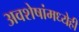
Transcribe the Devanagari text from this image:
अवशेषांमध्येही